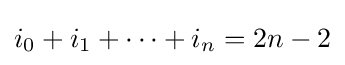
i_{0}+i_{1}+\cdots +i_{n}=2n-2